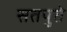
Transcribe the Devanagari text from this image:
सतपुते